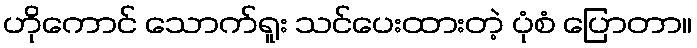
ဟိုကောင် သောက်ရူး သင်ပေးထားတဲ့ ပုံစံ ပြောတာ။